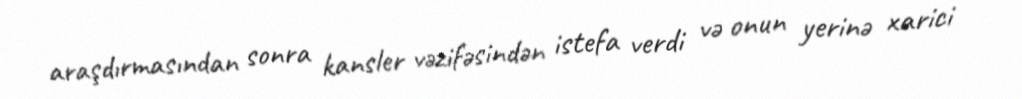
araşdırmasından sonra kansler vəzifəsindən istefa verdi və onun yerinə xarici